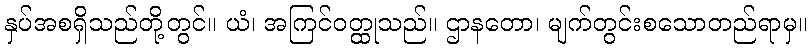
နှပ်အစရှိသည်တို့တွင်။ ယံ၊ အကြင်ဝတ္ထုသည်။ ဌာနတော၊ မျက်တွင်းစသောတည်ရာမှ။